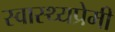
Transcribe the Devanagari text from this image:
स्वास्थ्यप्रेमी